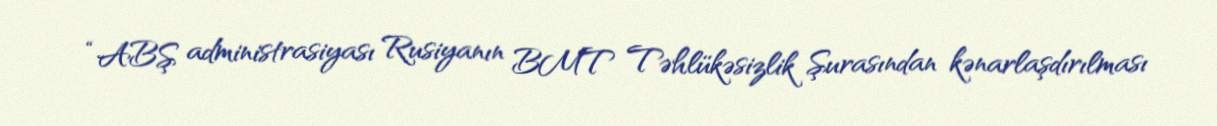
“ABŞ administrasiyası Rusiyanın BMT Təhlükəsizlik Şurasından kənarlaşdırılması